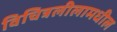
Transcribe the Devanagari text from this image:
विचित्रलीलामधील